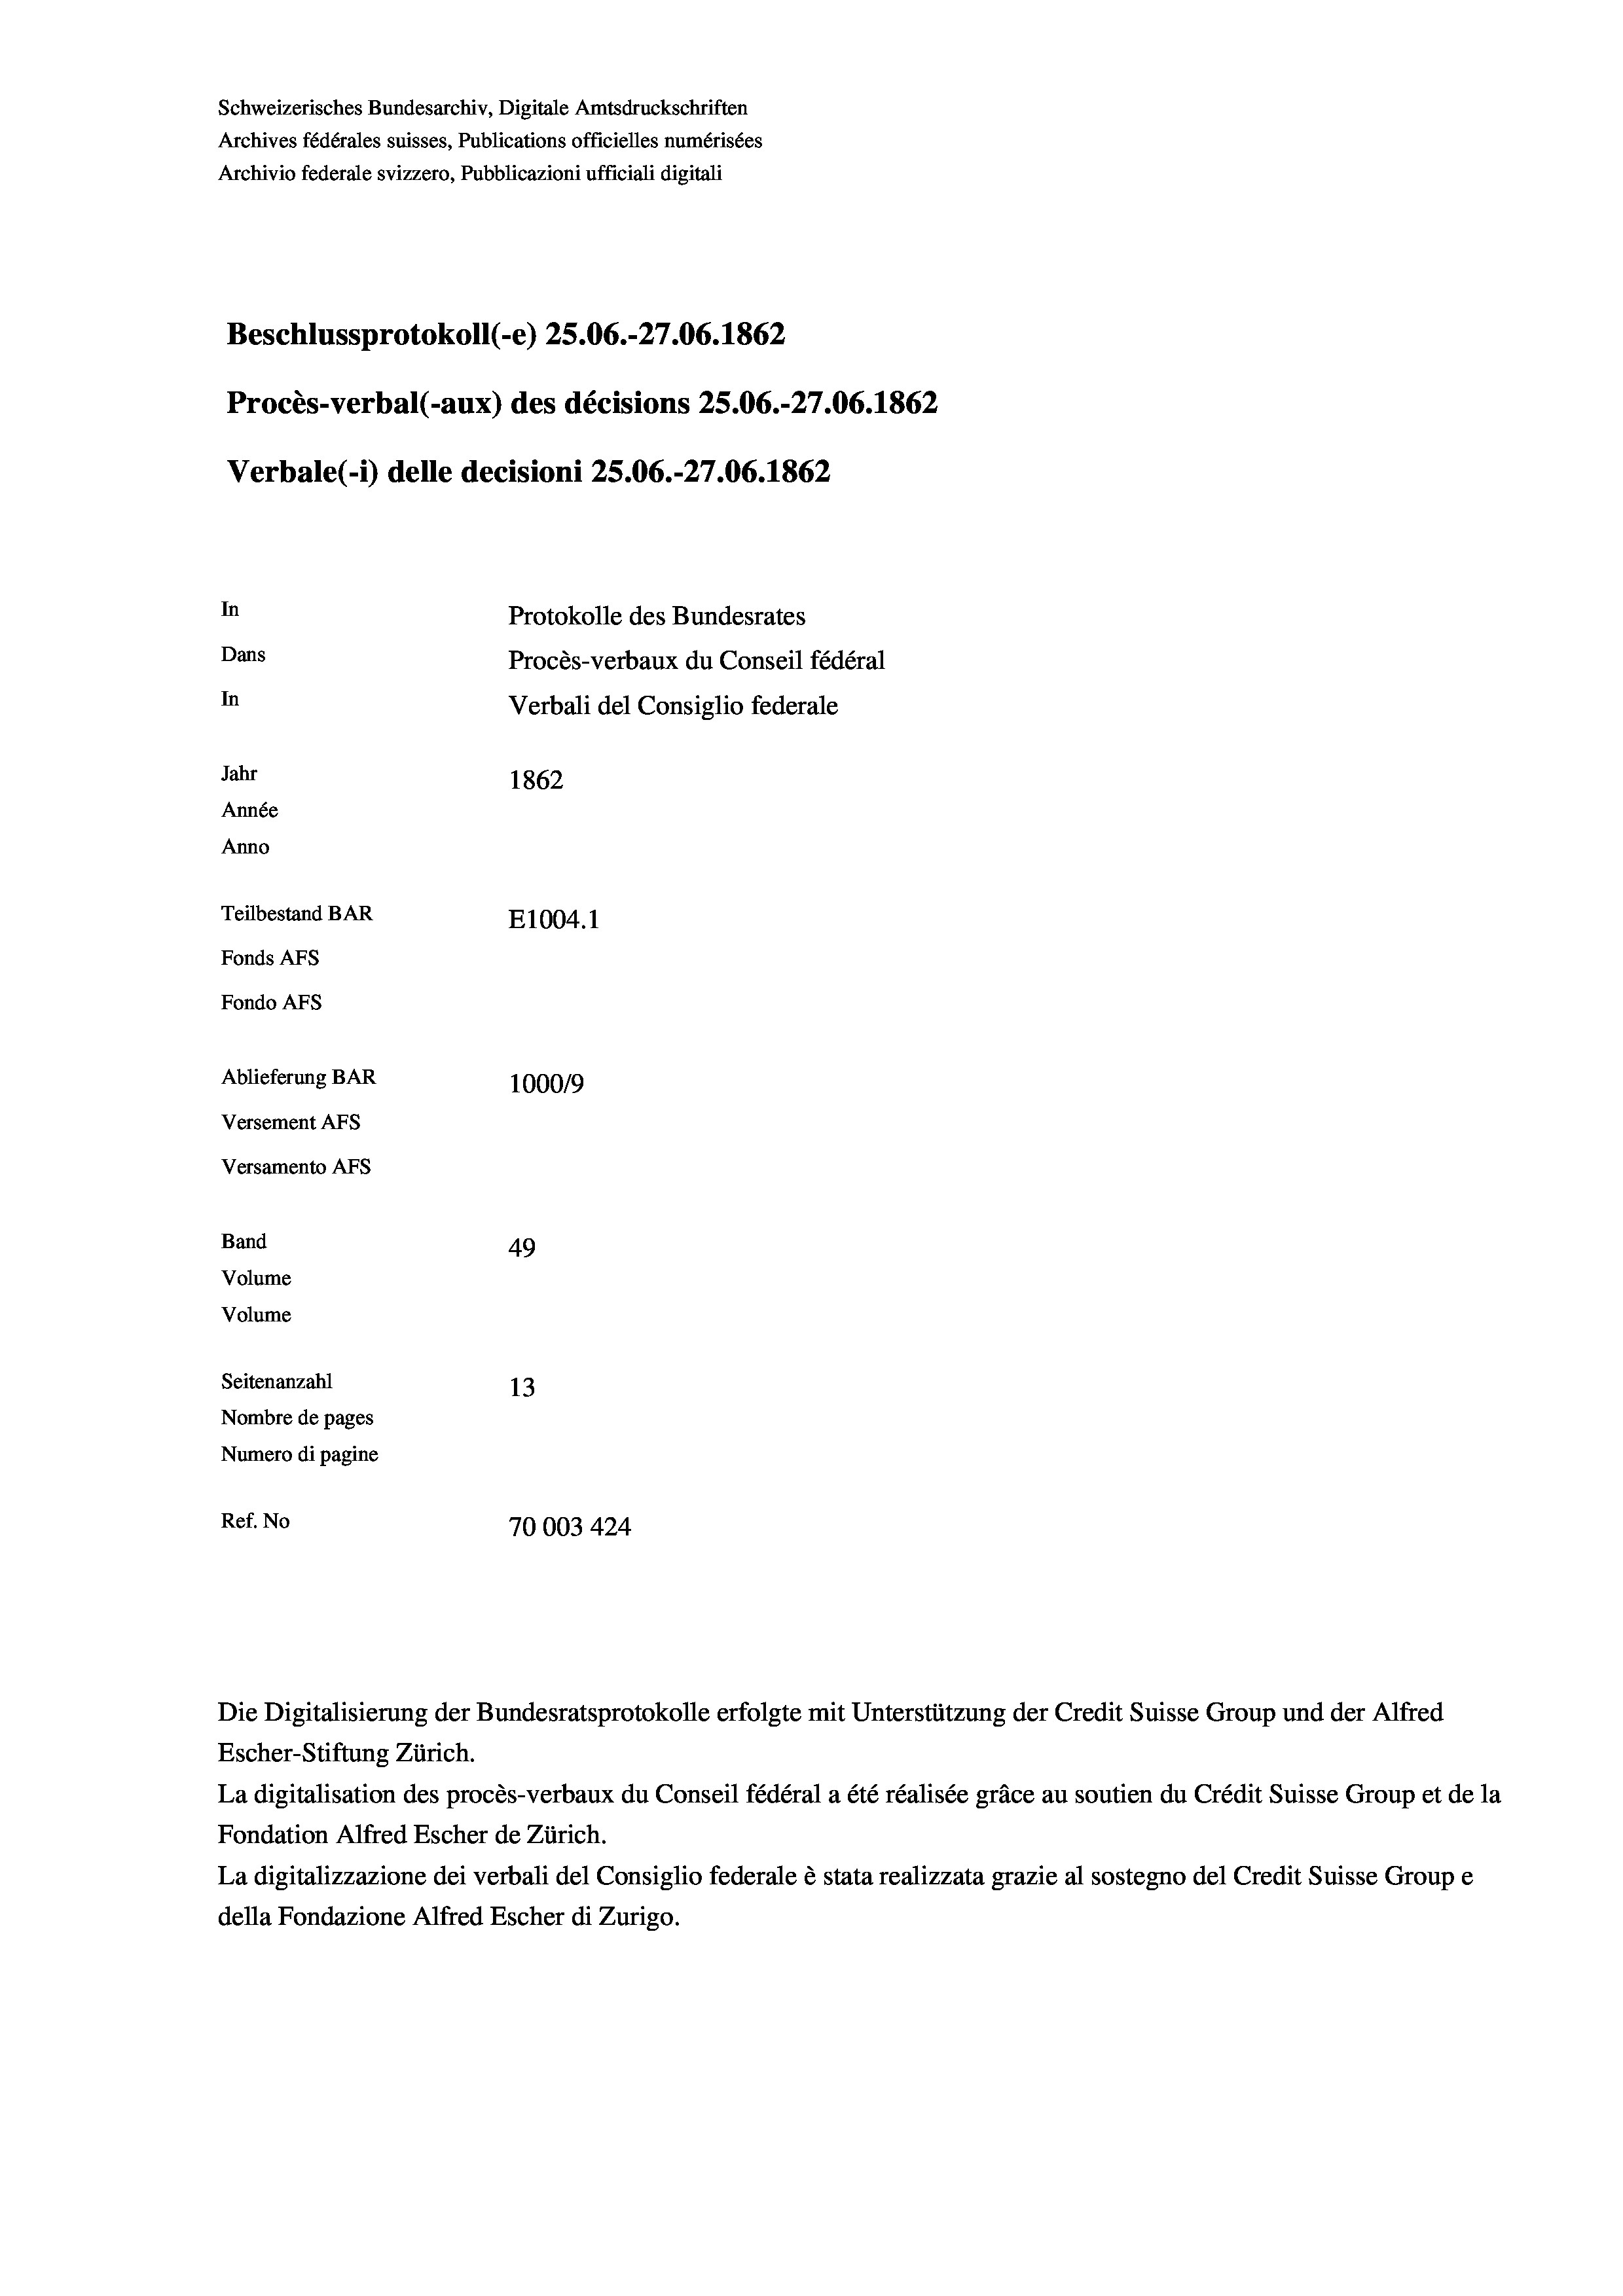
Schweizerisches Bundesarchiv, Digitale Amtsdruckschriften
Archives fédérales suisses, Publications officielles numérisées
Archivio federale svizzero, Pubblicazioni ufficiali digitali
Beschlussprotokoll (-e) 25.06.-27.06. 1862
Procès-verbal (-aux) des décisions 25.06.-27.06. 1862
Verbale (- 1) delle decisioni 25.06.-27.06. 1862
In
Protokolle des Bundesrates
Dans
Procès-verbaux du Conseil fédéral
In
Verbali del Consiglio federale
Jahr
1862
Année
Anno
Teilbestand BAR
E1004. 1
Fonds AFs
Fondo Afs
Ablieferung BAR
100019
Versement AFs
Versamento Afs
Band
49
Volume
Volume
Seitenanzahl
13
Nombre de pages
Numero di pagine
Ref. No
70003 424

Escher-Stiftung Zürich.
La digitalisation des procès-verbaux du Conseil fédéral a été réalisée gräce au soutien du Crédit Suisse Group et de la
Fondation Alfred Escher de Zürich.
La digitalizzazione dei verbali del Consiglio federale è stata realizzata grazie al sostegno del Credit Suisse Groupe
della Fondazione Alfred Escher di Zurigo.

Die Digitalisierung der Bundesratsprotokolle erfolgte mit Unterstützung der Credit Suisse Group und der Alfred